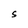
Character: S